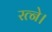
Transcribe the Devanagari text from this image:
रत्ने।